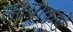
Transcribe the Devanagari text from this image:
लक्ष्याकडे